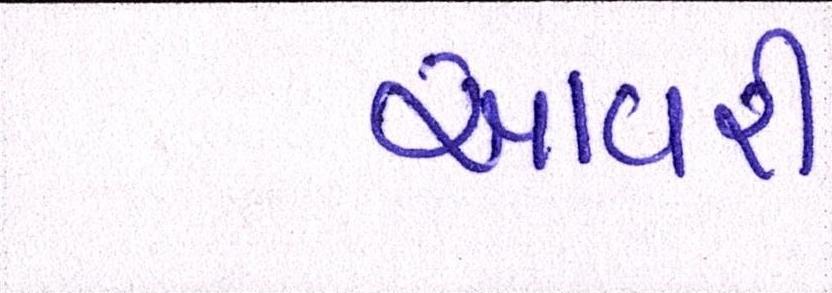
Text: આવરી